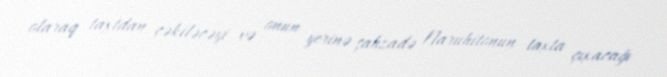
olaraq taxtdan çəkiləcəyi və onun yerinə şahzadə Naruhitonun taxta çıxacağı